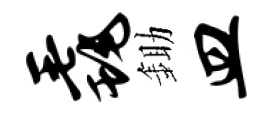
毳鋤皿